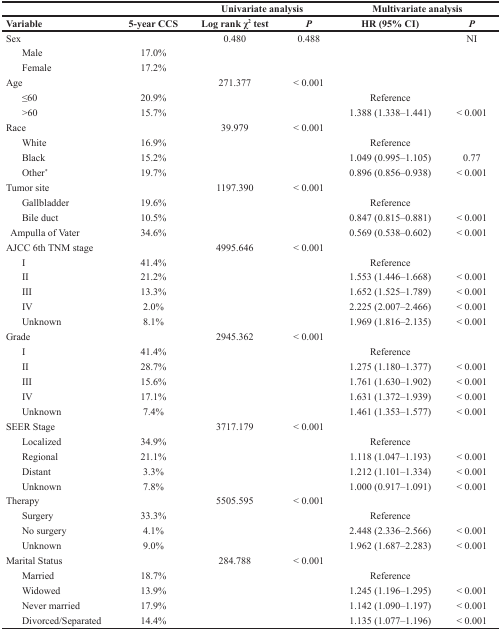
<table><thead><tr><td></td><td></td><td colspan="2"><b>Univariate analysis</b></td><td colspan="2"><b>Multivariate analysis</b></td></tr><tr><td><b>Variable</b></td><td><b>5-year CCS</b></td><td><b>Log rank χ<sup>2</sup> test</b></td><td><b><i>P</i></b></td><td><b>HR (95% CI)</b></td><td><b><i>P</i></b></td></tr></thead><tbody><tr><td>Sex</td><td></td><td>0.480</td><td>0.488</td><td></td><td>NI</td></tr><tr><td> Male</td><td>17.0%</td><td></td><td></td><td></td><td></td></tr><tr><td> Female</td><td>17.2%</td><td></td><td></td><td></td><td></td></tr><tr><td>Age</td><td></td><td>271.377</td><td>&lt; 0.001</td><td></td><td></td></tr><tr><td> ≤60</td><td>20.9%</td><td></td><td></td><td>Reference</td><td></td></tr><tr><td> &gt;60</td><td>15.7%</td><td></td><td></td><td>1.388 (1.338–1.441)</td><td>&lt; 0.001</td></tr><tr><td>Race</td><td></td><td>39.979</td><td>&lt; 0.001</td><td></td><td></td></tr><tr><td> White</td><td>16.9%</td><td></td><td></td><td>Reference</td><td></td></tr><tr><td> Black</td><td>15.2%</td><td></td><td></td><td>1.049 (0.995–1.105)</td><td>0.77</td></tr><tr><td> Other<sup>*</sup></td><td>19.7%</td><td></td><td></td><td>0.896 (0.856–0.938)</td><td>&lt; 0.001</td></tr><tr><td>Tumor site</td><td></td><td>1197.390</td><td>&lt; 0.001</td><td></td><td></td></tr><tr><td> Gallbladder</td><td>19.6%</td><td></td><td></td><td>Reference</td><td></td></tr><tr><td> Bile duct</td><td>10.5%</td><td></td><td></td><td>0.847 (0.815–0.881)</td><td>&lt; 0.001</td></tr><tr><td> Ampulla of Vater</td><td>34.6%</td><td></td><td></td><td>0.569 (0.538–0.602)</td><td>&lt; 0.001</td></tr><tr><td>AJCC 6th TNM stage</td><td></td><td>4995.646</td><td>&lt; 0.001</td><td></td><td></td></tr><tr><td> I</td><td>41.4%</td><td></td><td></td><td>Reference</td><td></td></tr><tr><td> II</td><td>21.2%</td><td></td><td></td><td>1.553 (1.446–1.668)</td><td>&lt; 0.001</td></tr><tr><td> III</td><td>13.3%</td><td></td><td></td><td>1.652 (1.525–1.789)</td><td>&lt; 0.001</td></tr><tr><td> IV</td><td>2.0%</td><td></td><td></td><td>2.225 (2.007–2.466)</td><td>&lt; 0.001</td></tr><tr><td> Unknown</td><td>8.1%</td><td></td><td></td><td>1.969 (1.816–2.135)</td><td>&lt; 0.001</td></tr><tr><td>Grade</td><td></td><td>2945.362</td><td>&lt; 0.001</td><td></td><td></td></tr><tr><td> I</td><td>41.4%</td><td></td><td></td><td>Reference</td><td></td></tr><tr><td> II</td><td>28.7%</td><td></td><td></td><td>1.275 (1.180–1.377)</td><td>&lt; 0.001</td></tr><tr><td> III</td><td>15.6%</td><td></td><td></td><td>1.761 (1.630–1.902)</td><td>&lt; 0.001</td></tr><tr><td> IV</td><td>17.1%</td><td></td><td></td><td>1.631 (1.372–1.939)</td><td>&lt; 0.001</td></tr><tr><td> Unknown</td><td>7.4%</td><td></td><td></td><td>1.461 (1.353–1.577)</td><td>&lt; 0.001</td></tr><tr><td>SEER Stage</td><td></td><td>3717.179</td><td>&lt; 0.001</td><td></td><td></td></tr><tr><td> Localized</td><td>34.9%</td><td></td><td></td><td>Reference</td><td></td></tr><tr><td> Regional</td><td>21.1%</td><td></td><td></td><td>1.118 (1.047–1.193)</td><td>&lt; 0.001</td></tr><tr><td> Distant</td><td>3.3%</td><td></td><td></td><td>1.212 (1.101–1.334)</td><td>&lt; 0.001</td></tr><tr><td> Unknown</td><td>7.8%</td><td></td><td></td><td>1.000 (0.917–1.091)</td><td>&lt; 0.001</td></tr><tr><td>Therapy</td><td></td><td>5505.595</td><td>&lt; 0.001</td><td></td><td></td></tr><tr><td> Surgery</td><td>33.3%</td><td></td><td></td><td>Reference</td><td></td></tr><tr><td> No surgery</td><td>4.1%</td><td></td><td></td><td>2.448 (2.336–2.566)</td><td>&lt; 0.001</td></tr><tr><td> Unknown</td><td>9.0%</td><td></td><td></td><td>1.962 (1.687–2.283)</td><td>&lt; 0.001</td></tr><tr><td>Marital Status</td><td></td><td>284.788</td><td>&lt; 0.001</td><td></td><td></td></tr><tr><td> Married</td><td>18.7%</td><td></td><td></td><td>Reference</td><td></td></tr><tr><td> Widowed</td><td>13.9%</td><td></td><td></td><td>1.245 (1.196–1.295)</td><td>&lt; 0.001</td></tr><tr><td> Never married</td><td>17.9%</td><td></td><td></td><td>1.142 (1.090–1.197)</td><td>&lt; 0.001</td></tr><tr><td> Divorced/Separated</td><td>14.4%</td><td></td><td></td><td>1.135 (1.077–1.196)</td><td>&lt; 0.001</td></tr></tbody></table>